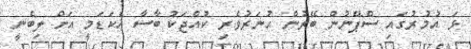
ޅަ އުމުރުގައި ސްޕޭނުން ބޭރުން ހުނަރުވެރި ކުއްޖަކު ބާސާ އެކަޑަމީ އަށް ލިބެނީ